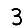
Digit: 3